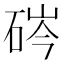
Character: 硶